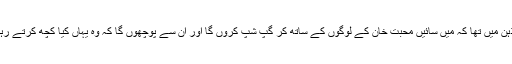
میرے ذہن میں تھا کہ میں سائیں محبت خان کے لوگوں کے ساتھ کر گپ شپ کروں گا اور ان سے پوچھوں گا کہ وہ یہاں کیا کچھ کرتے رہے ہیں ۔